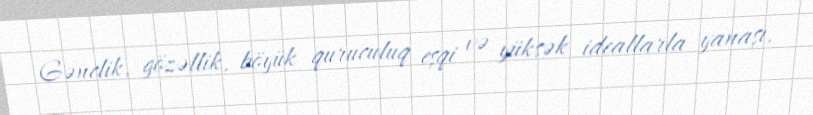
Gənclik, gözəllik, böyük quruculuq eşqi və yüksək ideallarla yanaşı,